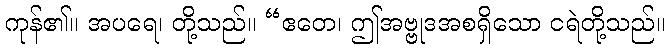
ကုန်၏။ အပရေ၊ တို့သည်။ “ဧတေ၊ ဤအဗ္ဗုဒအစရှိသော ငရဲတို့သည်။